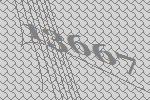
13667